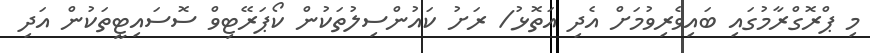
މި ޕްރޮގްރާމުގައި ބައިވެރިވުމަށް އެދި އަތޮޅު/ ރަށު ކައުންސިލުތަކުން ކޯޕަރޭޓިވް ސޮސައިޓީތަކުން އަދި